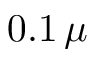
0 . 1 \, \mu